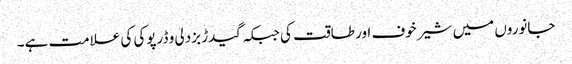
جانوروں میں شیر خوف اور طاقت کی جبکہ گیدڑ بزدلی و ڈرپوکی کی علامت ہے۔